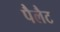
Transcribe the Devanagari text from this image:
पैलैट